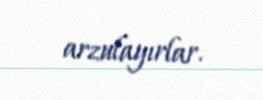
arzulayırlar.